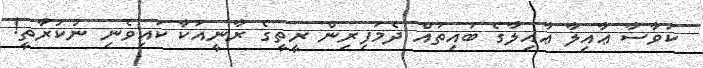
ކަވާސާ ޢާއިލާ ޢާއިލާގެ ބައިތައް ދެމަފިރިން ރީތީގެ ރާނީއަކާ ކައިވެނި ނުކުރާތީ!